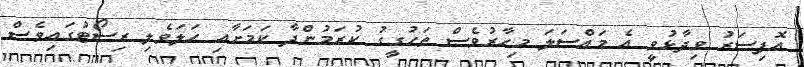
އޮފިސަރު ވިދާޅުވީ އެ މައްސަލަ މިހާރުވެސް ތަހުގީގު ކުރަމުންދާ ކަމަށާއި ހަަލަވެލި ރިސޯޓުގައިވެސް